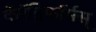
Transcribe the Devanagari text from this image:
कॅरॅड्रिफॉर्मस्